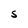
Character: S